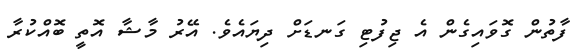
ފާތުން ގޮވައިގެން އެ ޖިފުޓި ގަނޑަށް ދިޔައެވެ. އޭރު މާޝާ އޮތީ ބޮއްކުރާ